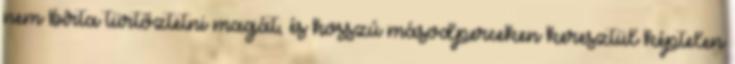
nem bírta tür­tőz­tetni magát, és hosszú má­sod­per­ce­ken ke­resz­tül kép­te­len